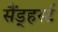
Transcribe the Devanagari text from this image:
सैंड्हर्स्ट